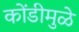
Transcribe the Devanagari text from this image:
कोंडीमुळे